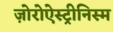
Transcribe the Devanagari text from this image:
ज़ोरोऐस्ट्रीनिस्म